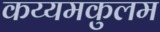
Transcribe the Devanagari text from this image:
कय्यमकुलम